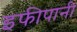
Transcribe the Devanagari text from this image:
इफीपानी